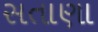
સતાણા